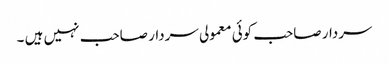
سردار صاحب کوئی معمولی سردار صاحب نہیں ہیں ۔